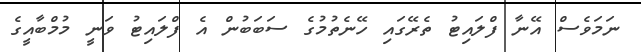
ނަމަވެސް އޭނާ ފްލައިޓު ތެރޭގައި ހޭނެތުމުގެ ސަބަބުން އެ ފްލައިޓު ވަނީ މުމްބާއީގެ